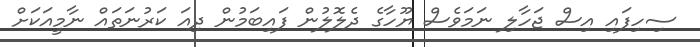
ސިހިފައި އިސް ޖަހާލި ނަމަވެސް ޔޫހާގެ ދެލޮލުން ފައިބަމުން ދިއަ ކަރުނަތައް ނާމީއަކަށް